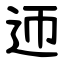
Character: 迊